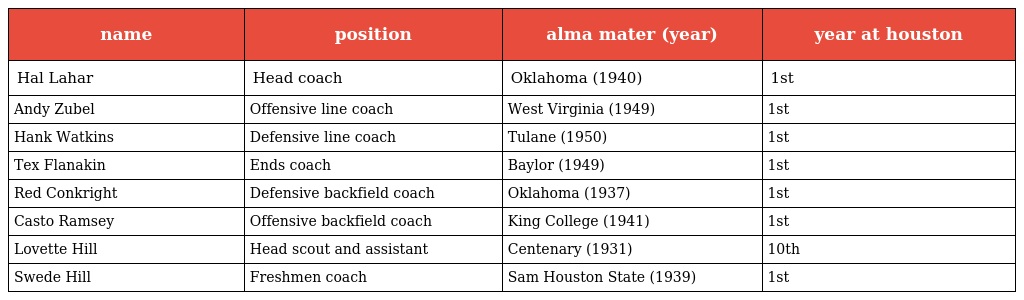
| name | position | alma mater (year) | year at houston |
 | --- | --- | --- | --- |
 | Hal Lahar | Head coach | Oklahoma (1940) | 1st |
 | Andy Zubel | Offensive line coach | West Virginia (1949) | 1st |
 | Hank Watkins | Defensive line coach | Tulane (1950) | 1st |
 | Tex Flanakin | Ends coach | Baylor (1949) | 1st |
 | Red Conkright | Defensive backfield coach | Oklahoma (1937) | 1st |
 | Casto Ramsey | Offensive backfield coach | King College (1941) | 1st |
 | Lovette Hill | Head scout and assistant | Centenary (1931) | 10th |
 | Swede Hill | Freshmen coach | Sam Houston State (1939) | 1st |